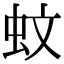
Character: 蚊